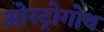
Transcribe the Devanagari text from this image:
ओस्ट्रोगोथ